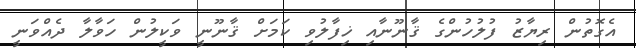
އެގޮތުން ރިޔާޒު ފުލުހުންގެ ޤާނޫނާއި ޚިފާލުވި ކަމަށް ޤާނޫނީ ވަކީލުން ހަވާލާ ދެއްވަނީ